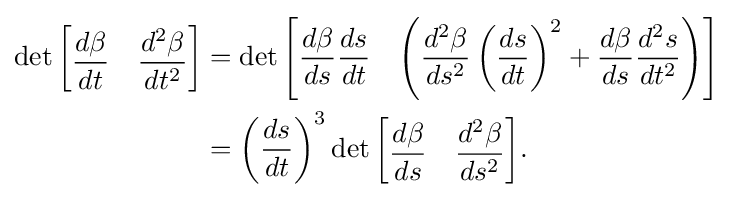
{\begin{aligned}\det {\begin{bmatrix}{\dfrac {d\beta }{dt}}&{\dfrac {d^{2}\beta }{dt^{2}}}\end{bmatrix}}&=\det {\begin{bmatrix}{\dfrac {d\beta }{ds}}{\dfrac {ds}{dt}}&\left({\dfrac {d^{2}\beta }{ds^{2}}}\left({\dfrac {ds}{dt}}\right)^{2}+{\dfrac {d\beta }{ds}}{\dfrac {d^{2}s}{dt^{2}}}\right)\end{bmatrix}}\\&=\left({\frac {ds}{dt}}\right)^{3}\det {\begin{bmatrix}{\dfrac {d\beta }{ds}}&{\dfrac {d^{2}\beta }{ds^{2}}}\end{bmatrix}}.\end{aligned}}